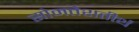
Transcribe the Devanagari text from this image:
सोमतेशतीर्थ